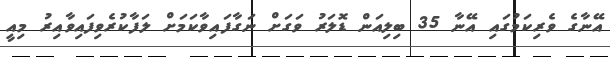
އޭނާގެ ވެރިކަމުގައި އޭނާ 35 ބިލިއަން ޑޮލަރު ވަގަށް ނަގާފައިވާކަމަށް ލަފާކުރެވިފައިވާއިރު މިއީ